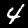
Digit: 4